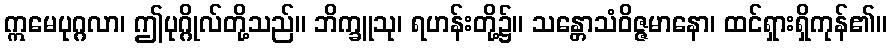
ဣမေပုဂ္ဂလာ၊ ဤပုဂ္ဂိုလ်တို့သည်။ ဘိက္ခူသု၊ ရဟန်းတို့၌။ သန္တောသံဝိဇ္ဇမာနော၊ ထင်ရှားရှိကုန်၏။